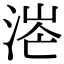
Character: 𣶟